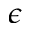
\epsilon